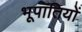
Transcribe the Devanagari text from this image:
भूपातियों